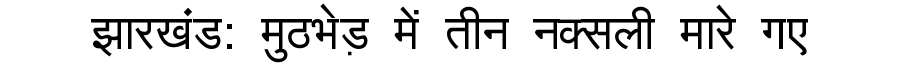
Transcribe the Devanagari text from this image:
झारखंड: मुठभेड़ में तीन नक्सली मारे गए